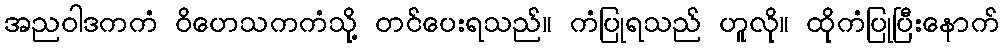
အညဝါဒကကံ ဝိဟေသကကံသို့ တင်ပေးရသည်။ ကံပြုရသည် ဟူလို။ ထိုကံပြုပြီးနောက်